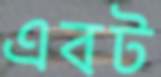
এবট